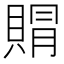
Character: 𮚐